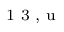
^ \textrm { \scriptsize 1 3 , u }